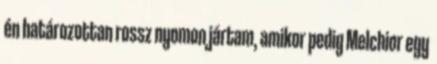
én határozottan rossz nyomon jártam, amikor pedig Melchior egy